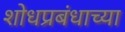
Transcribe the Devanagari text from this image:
शोधप्रबंधाच्या